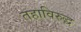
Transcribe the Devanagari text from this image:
तहाविरुद्ध